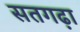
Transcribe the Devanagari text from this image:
सतगढ़ा